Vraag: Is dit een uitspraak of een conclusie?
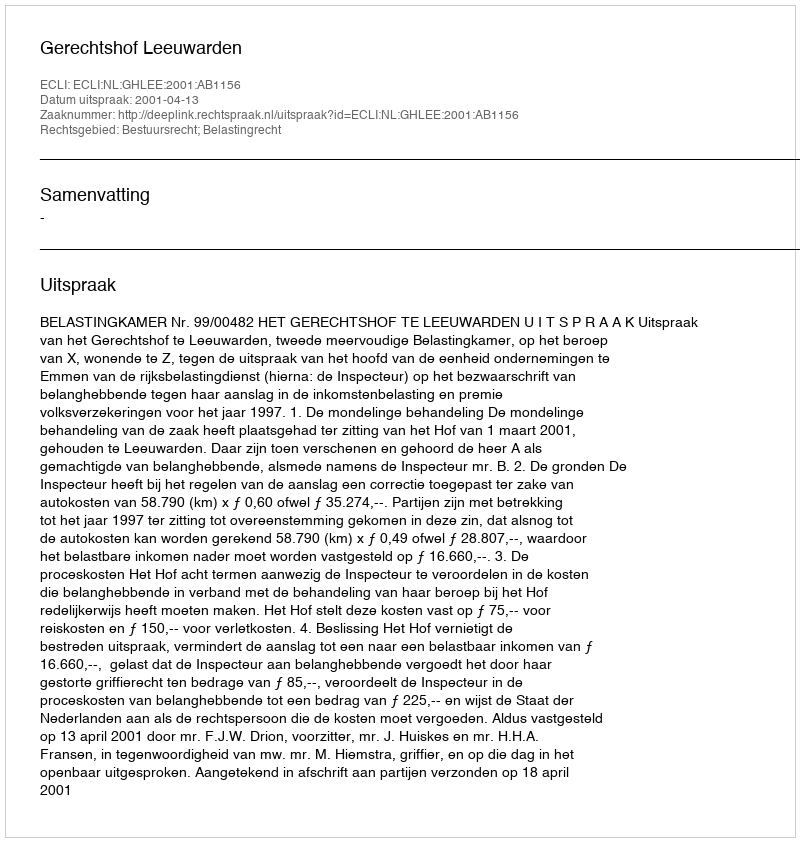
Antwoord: Uitspraak